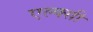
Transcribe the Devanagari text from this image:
एल्क्सी